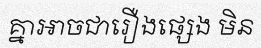
គ្នាអាចជារឿងផ្សេង មិន